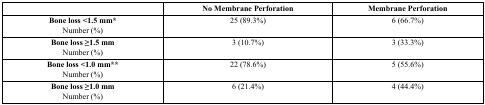
|  | No Membrane Perforation | Membrane Perforation |
 | --- | --- | --- |
 | Bone loss <1.5 mm*Number (%) | 25 (89.3%) | 6 (66.7%) |
 | Bone loss ≥1.5 mmNumber (%) | 3 (10.7%) | 3 (33.3%) |
 | Bone loss <1.0 mm**Number (%) | 22 (78.6%) | 5 (55.6%) |
 | Bone loss ≥1.0 mmNumber (%) | 6 (21.4%) | 4 (44.4%) |